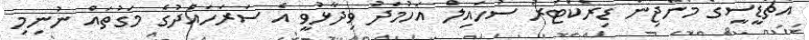
އެޗްޑީސީގެ މެނޭޖިން ޑިރެކްޓަރު ސުހައިލް އަހުމަދު ވިދާޅުވީ އެ ސަރަހައްދުގެ މަގުތައް ނުނިމި